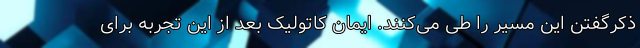
ذکرگفتن این مسیر را طی می‌کنند. ایمان کاتولیک بعد از این تجربه برای